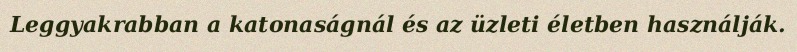
Leggyakrabban a katonaságnál és az üzleti életben használják.